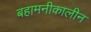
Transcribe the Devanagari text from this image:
बहामनीकालीन